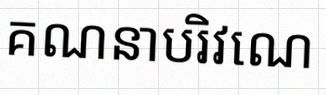
គណនាបរិវេណ